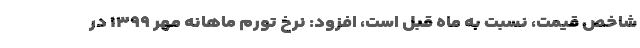
شاخص قیمت، نسبت به ماه قبل است، افزود: نرخ تورم ماهانه مهر ۱۳۹۹ در